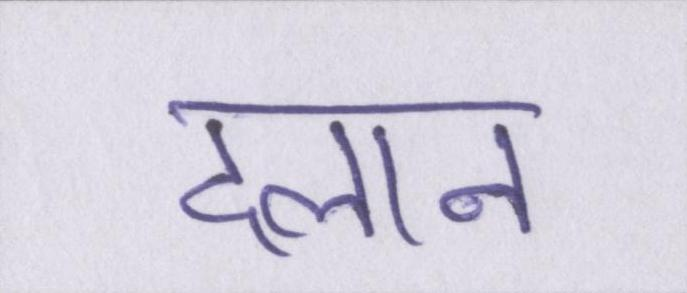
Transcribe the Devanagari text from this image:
दलान